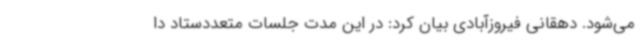
می‌شود. دهقانی فیروزآبادی بیان کرد: در این مدت جلسات متعددستاد دا